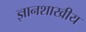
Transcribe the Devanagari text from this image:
ज्ञानशाखीय